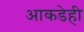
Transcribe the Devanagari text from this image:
आकडेही